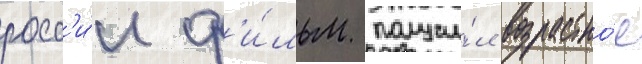
росс'и́и ф'и́льм получи́л возрастно́е